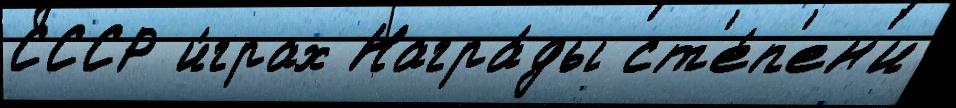
СССР и́грах Награ́ды ст'е́п'ен'и